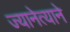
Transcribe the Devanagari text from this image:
ज्यानेत्याने